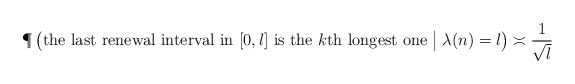
\begin{align*}\P\left(\mbox{the last renewal interval in $[0,l]$ is the $k$th longest one}\bigm|\lambda(n)=l\right)\asymp\frac1{\sqrt l}\end{align*}